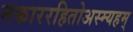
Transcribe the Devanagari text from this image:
नकाररहितोअस्म्यहम्